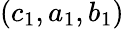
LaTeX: (c_{1},a_{1},b_{1})